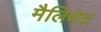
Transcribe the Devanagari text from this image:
मैलियेट